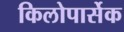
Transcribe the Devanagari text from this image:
किलोपार्सेक